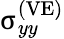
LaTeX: {\upsigma}_{yy}^{\left(\mathrm{VE}\right)}